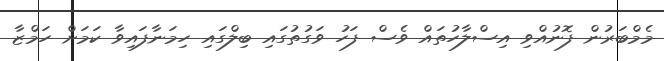
މެމްބަރުން ފޮނުއްވި އިސްލާހުތައް ވެސް ފަހު ވަގުތުގައި ބިލްގައި ހިމަނާފައިވާ ކަމަށް ހަމްޒާ